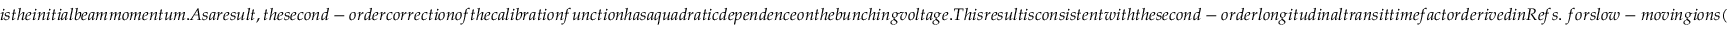
i s t h e i n i t i a l b e a m m o m e n t u m . A s a r e s u l t , t h e s e c o n d - o r d e r c o r r e c t i o n o f t h e c a l i b r a t i o n f u n c t i o n h a s a q u a d r a t i c d e p e n d e n c e o n t h e b u n c h i n g v o l t a g e . T h i s r e s u l t i s c o n s i s t e n t w i t h t h e s e c o n d - o r d e r l o n g i t u d i n a l t r a n s i t t i m e f a c t o r d e r i v e d i n R e f s . ~ f o r s l o w - m o v i n g i o n s (